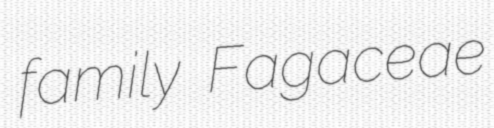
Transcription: family Fagaceae